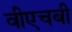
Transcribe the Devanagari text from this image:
वीएचबी